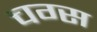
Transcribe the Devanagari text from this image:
चग्स